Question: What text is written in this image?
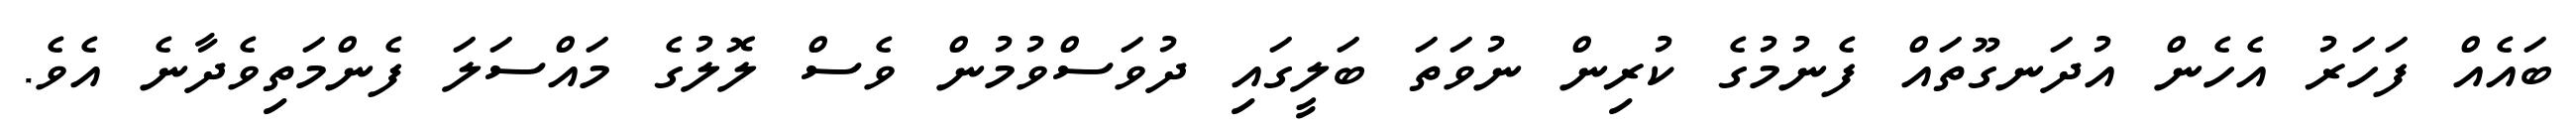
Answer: ބައެއް ފަހަރު އެހެން އުދަނގޫތައް ފެނުމުގެ ކުރިން ނުވަތަ ބަލީގައި ދުވަސްވުމުން ވެސް ލޮލުގެ މައްސަލަ ފެންމަތިވެދާނެ އެވެ.